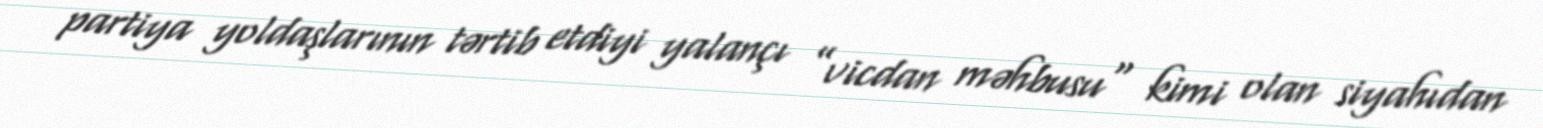
partiya yoldaşlarının tərtib etdiyi yalançı ”vicdan məhbusu" kimi olan siyahıdan